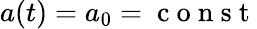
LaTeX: a(t)=a_{0}=\mathrm{~c~o~n~s~t~}